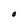
Character: O